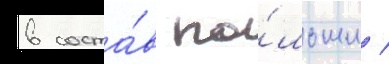
в соста́в по́льши /